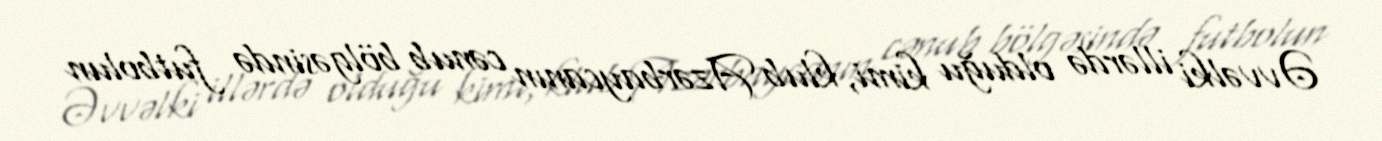
Əvvəlki illərdə olduğu kimi, klub Azərbaycanın cənub bölgəsində futbolun